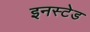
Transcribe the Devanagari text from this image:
इनस्टेड